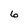
Character: 6